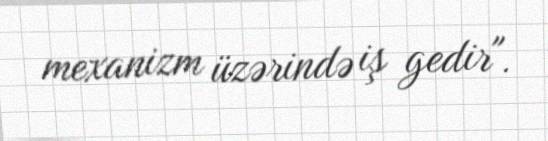
mexanizm üzərində iş gedir".